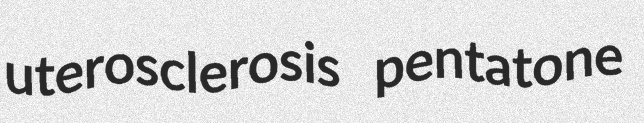
uterosclerosis pentatone